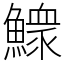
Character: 𩻴